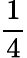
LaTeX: \frac 14